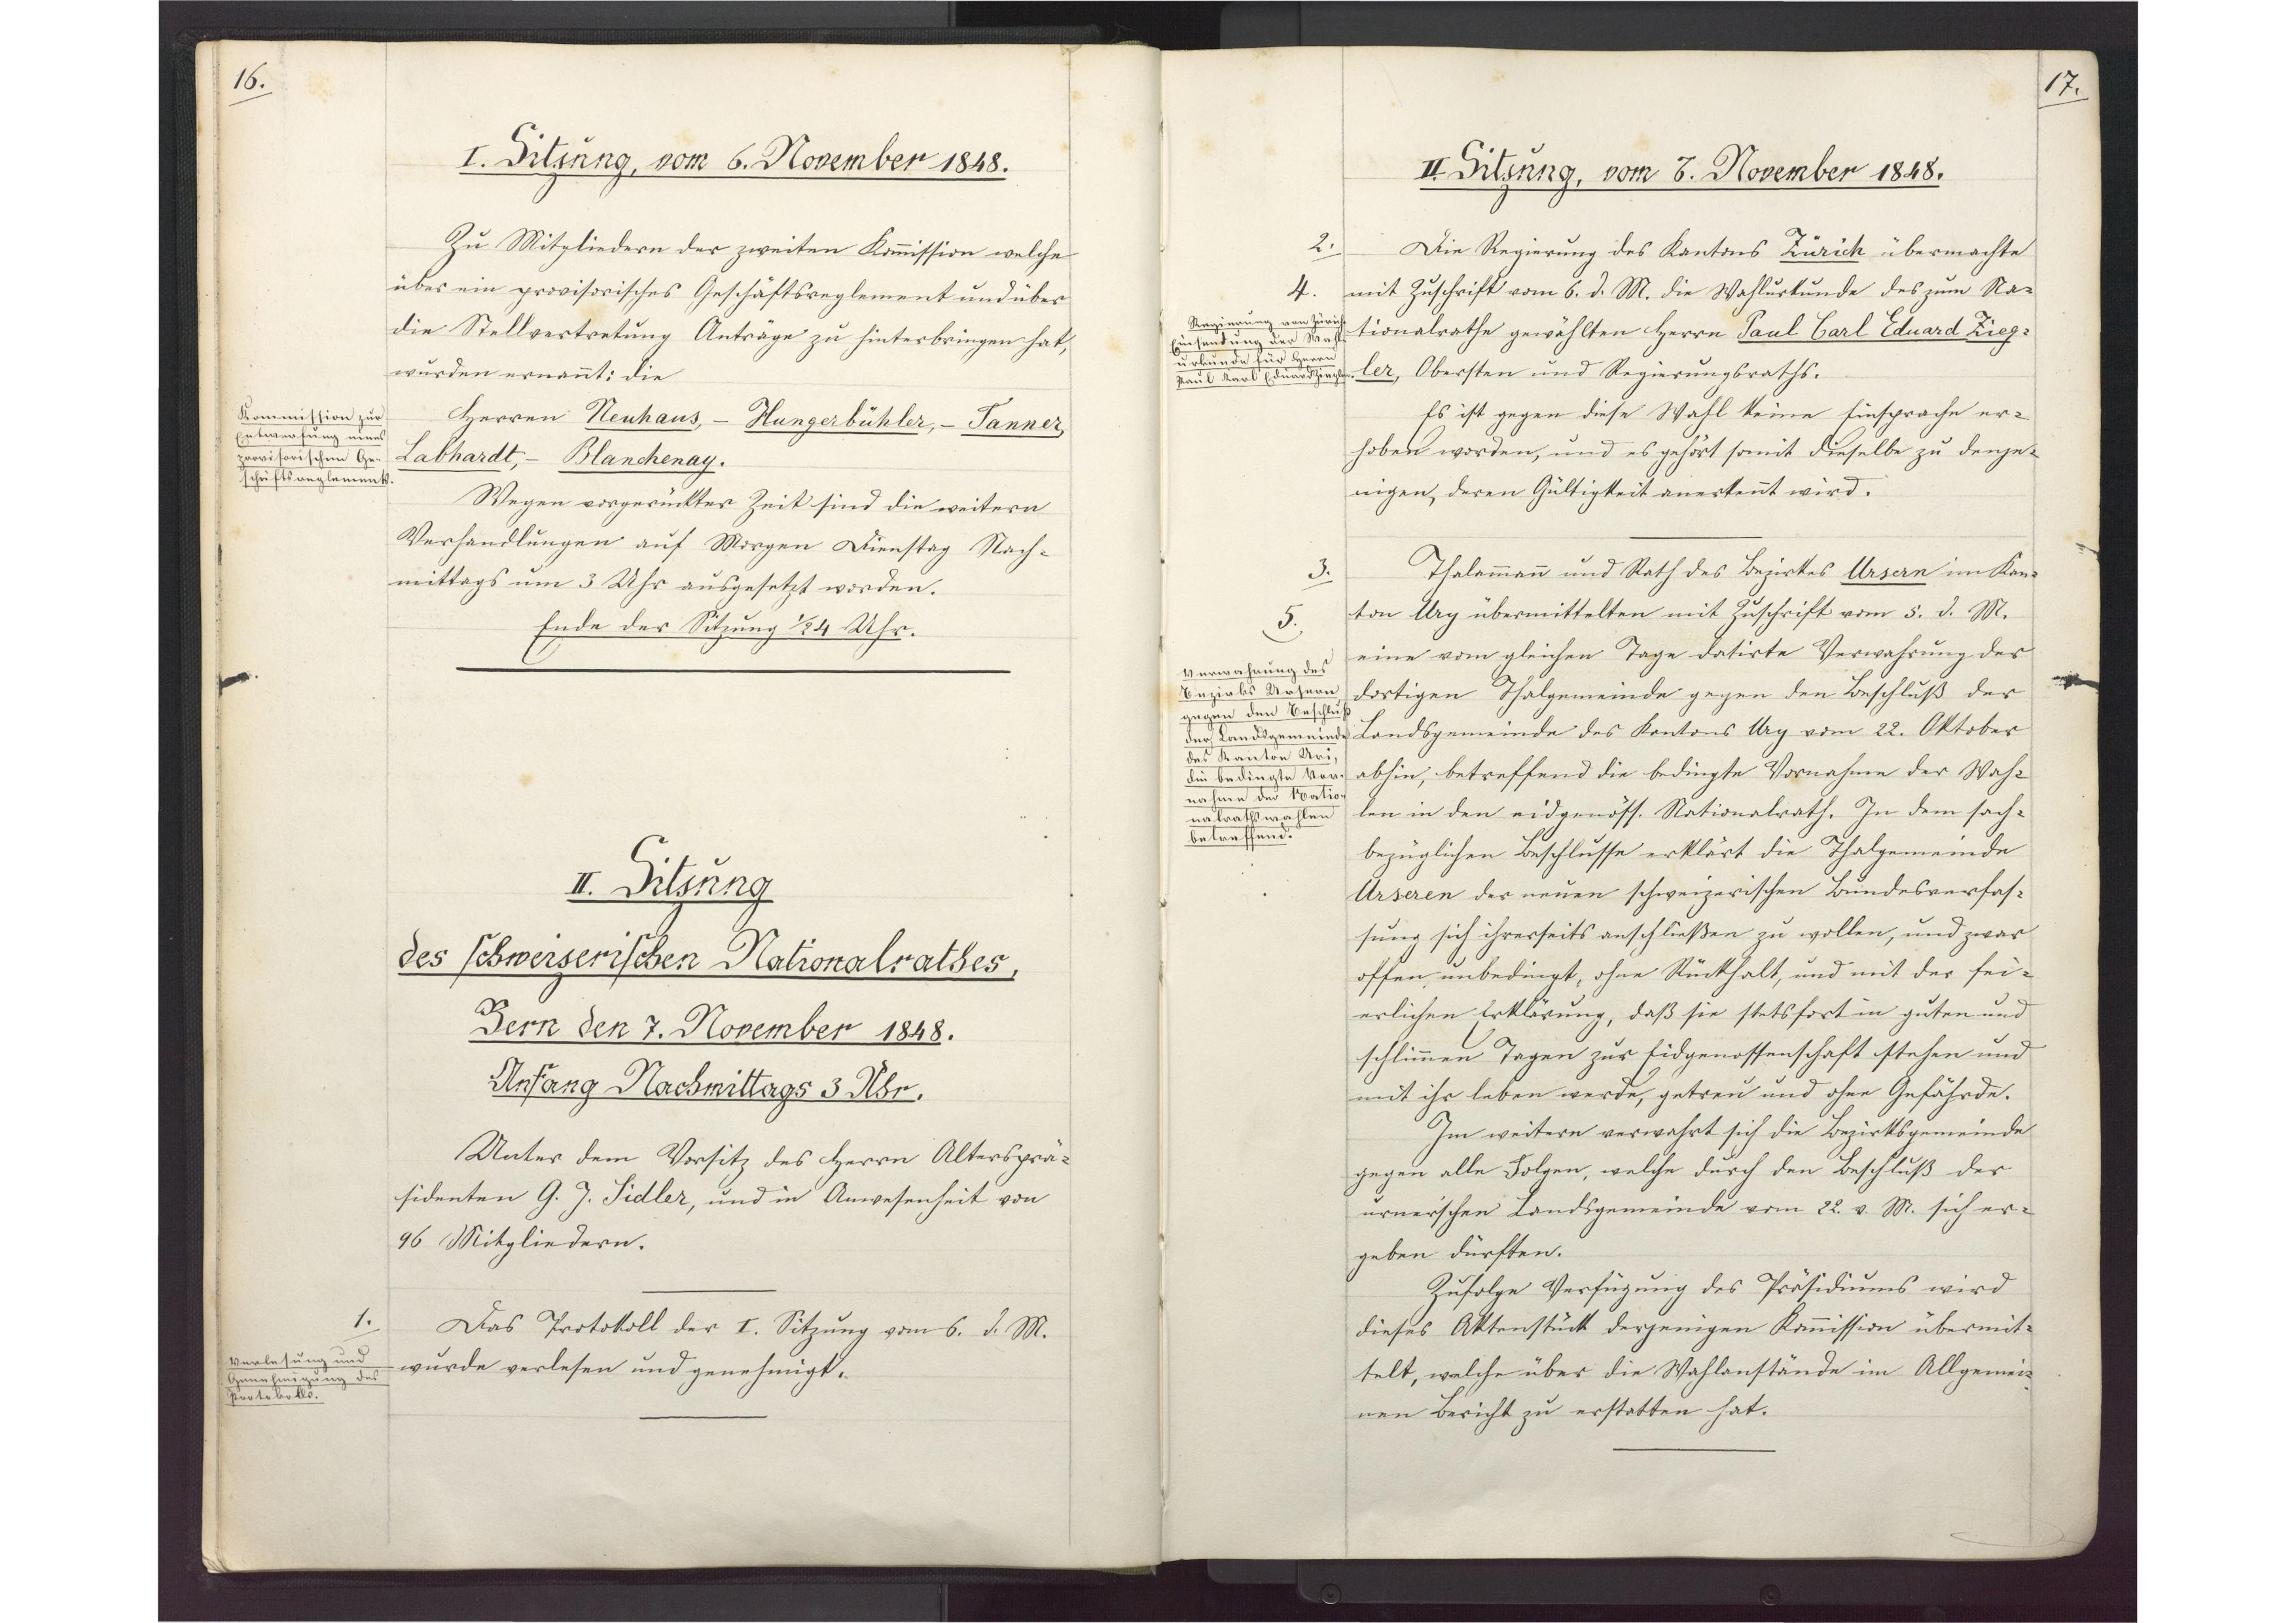
16.

I. Sitzung, vom 6. November 1848.

Zu Mitgliedern der zweiten Kommission welche
über ein provisorisches Geschäftsreglement und über
die Stellvertretung Anträge zu hinterbringen hat,
wurden ernannt: die
Herren Neuhaus, - Hungerbühler, - Tanner,
Labhardt, - Blanchenay.
Wegen vorgerückter Zeit sind die weitern
Verhandlungen auf Morgen Dienstag Nach¬
mittags um 3 Uhr ausgesetzt worden.
Ende der Sitzung 1/2 4 Uhr.

Kommission zur
Entwerfung eines
provisorischen Ge¬
schäftsreglements.